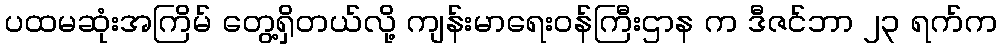
ပထမဆုံးအကြိမ် တွေ့ရှိတယ်လို့ ကျန်းမာရေးဝန်ကြီးဌာန က ဒီဇင်ဘာ ၂၃ ရက်က